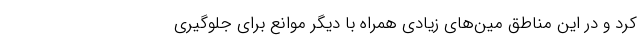
کرد و در این مناطق مین‌های زیادی همراه با دیگر موانع برای جلوگیری